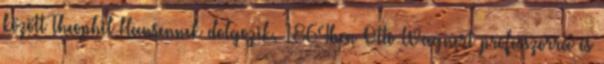
között Theophil Hansennek dolgozik. 1864ben Otto Wagnert professzorrá és